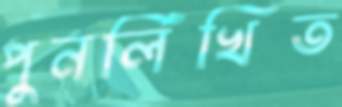
পুনর্লিখিত